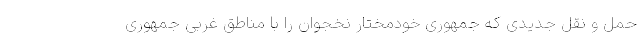
حمل و نقل جدیدی که جمهوری خودمختار نخجوان را با مناطق غربی جمهوری